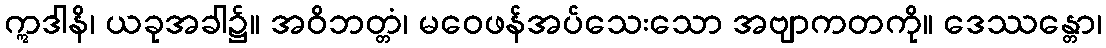
ဣဒါနိ၊ ယခုအခါ၌။ အဝိဘတ္တံ၊ မဝေဖန်အပ်သေးသော အဗျာကတကို။ ဒေဿန္တော၊